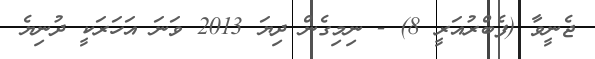
ޖެނީވާ (ފެބްރުއަރީ 8) - ނިމިގެން ދިޔަ 2013 ވަނަ އަހަރަކީ ދުނިޔެ